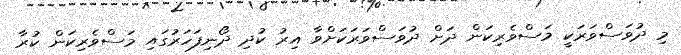
މި ދުވަސްވަރަކީ މަސްވެރިކަން ދަށް ދުވަސްވަރަކަށްވާ އިރު ކުދި ދޯނިފަހަރުގައި މަސްވެރިކަން ކުރާ